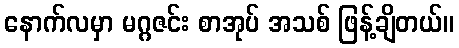
နောက်လမှာ မဂ္ဂဇင်း စာအုပ် အသစ် ဖြန့်ချိတယ်။